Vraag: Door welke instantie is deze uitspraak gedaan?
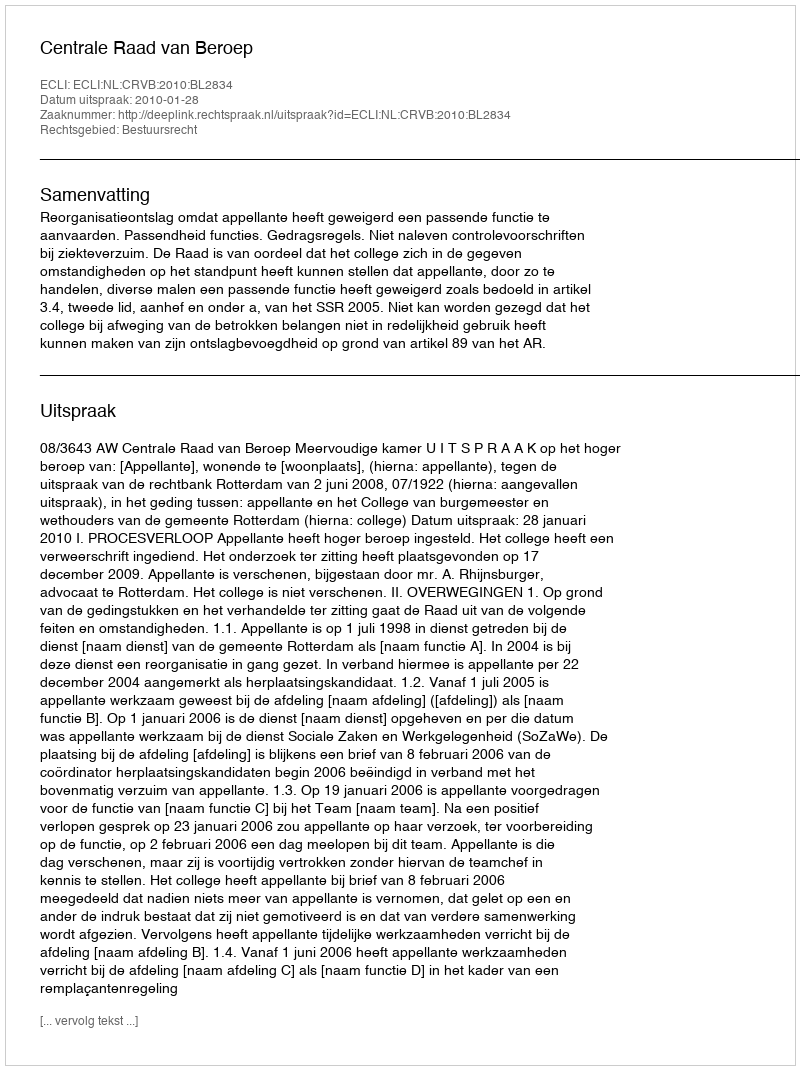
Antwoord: Centrale Raad van Beroep